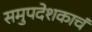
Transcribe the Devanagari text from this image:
समुपदेशकाचं